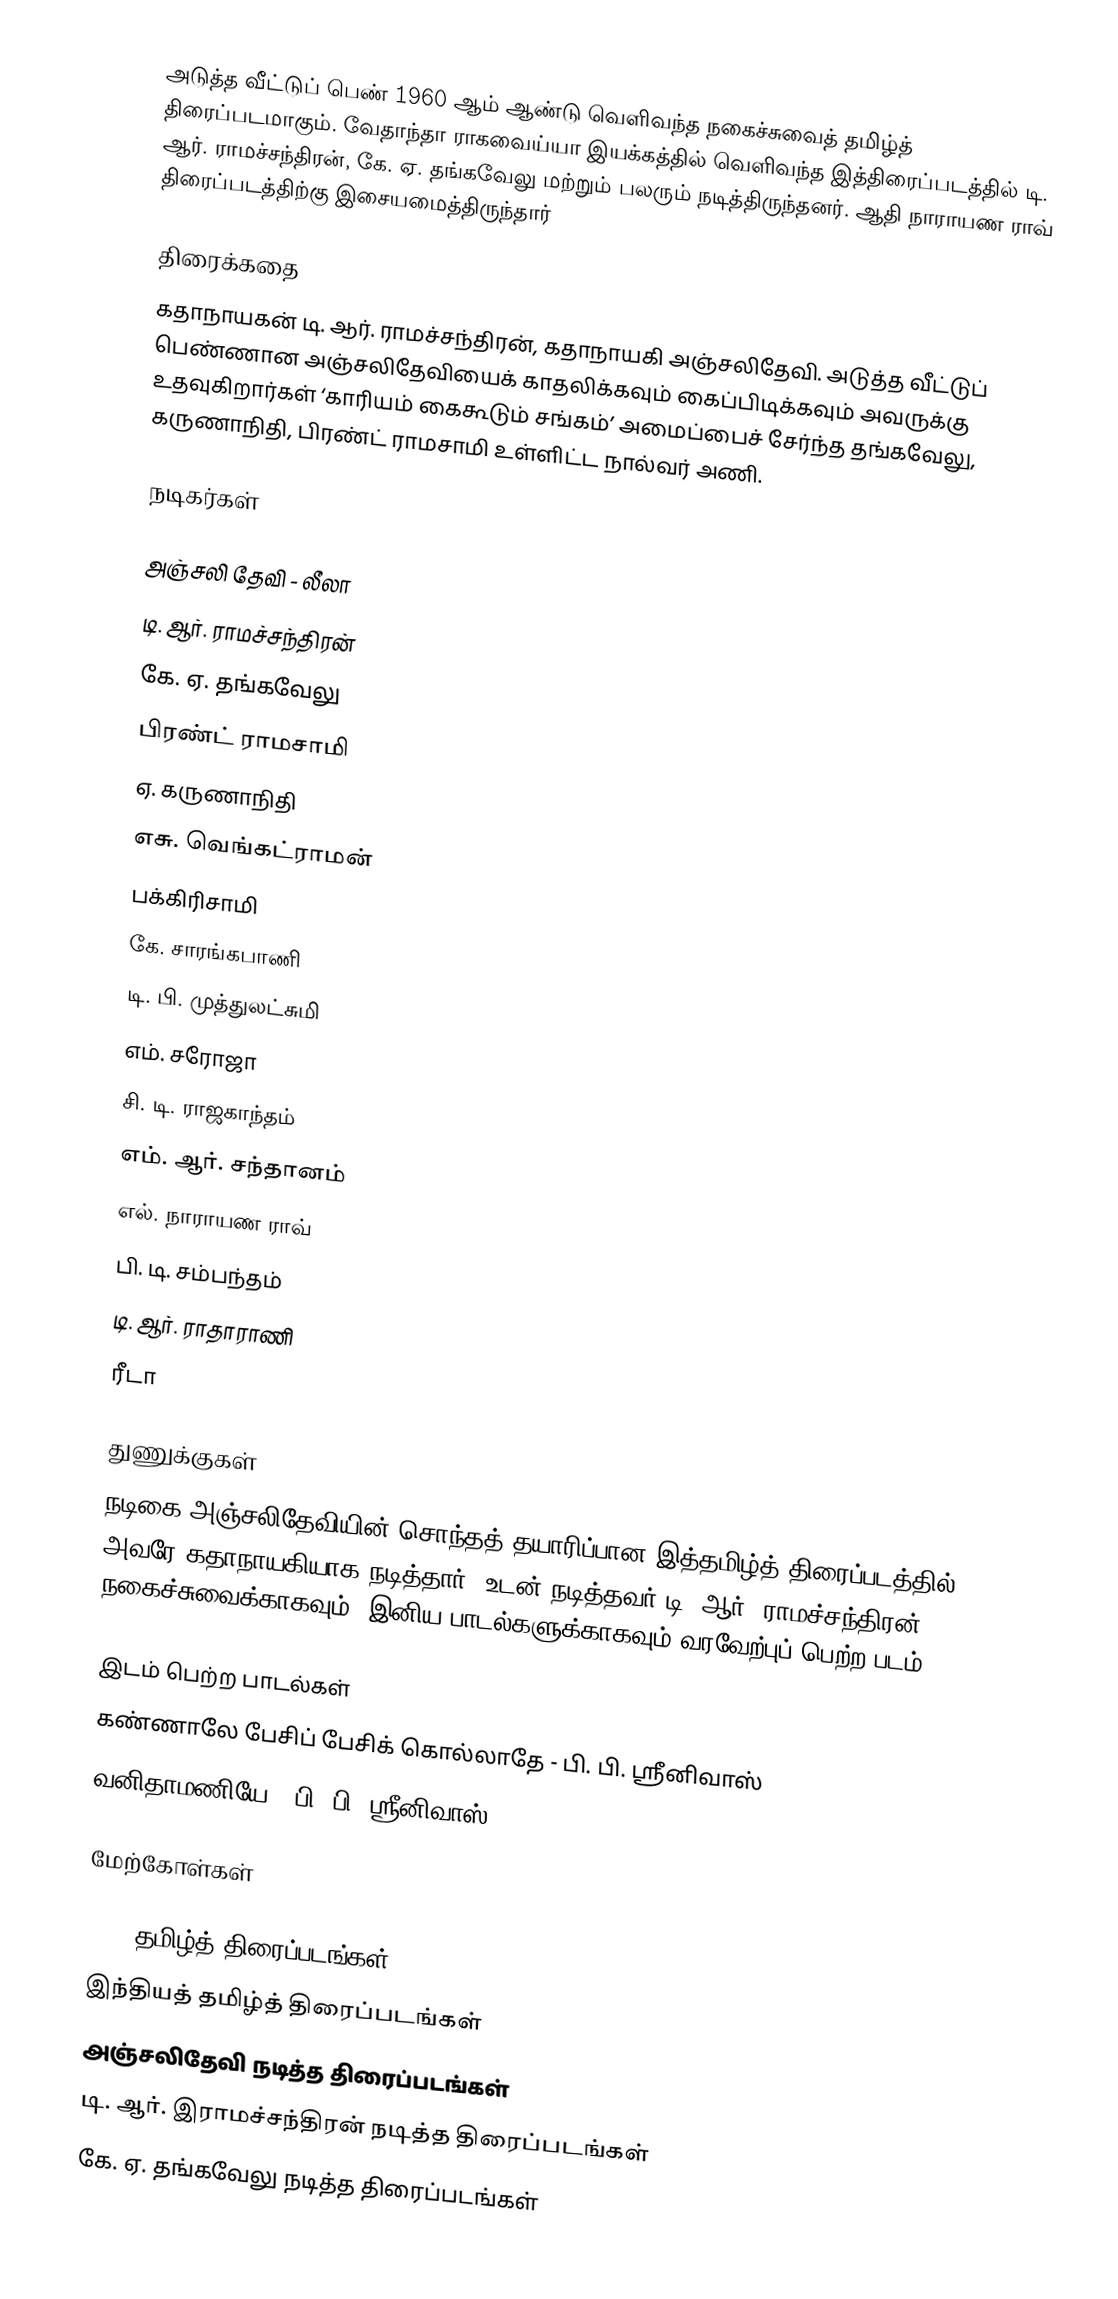
அடுத்த வீட்டுப் பெண் 1960 ஆம் ஆண்டு வெளிவந்த நகைச்சுவைத் தமிழ்த் திரைப்படமாகும். வேதாந்தா ராகவைய்யா இயக்கத்தில் வெளிவந்த இத்திரைப்படத்தில் டி. ஆர். ராமச்சந்திரன், கே. ஏ. தங்கவேலு மற்றும் பலரும் நடித்திருந்தனர். ஆதி நாராயண ராவ் திரைப்படத்திற்கு இசையமைத்திருந்தார்

திரைக்கதை
கதாநாயகன் டி. ஆர். ராமச்சந்திரன், கதாநாயகி அஞ்சலிதேவி. அடுத்த வீட்டுப் பெண்ணான அஞ்சலிதேவியைக் காதலிக்கவும் கைப்பிடிக்கவும் அவருக்கு உதவுகிறார்கள் ‘காரியம் கைகூடும் சங்கம்’ அமைப்பைச் சேர்ந்த தங்கவேலு, கருணாநிதி, பிரண்ட் ராமசாமி உள்ளிட்ட நால்வர் அணி.

நடிகர்கள்

 அஞ்சலி தேவி - லீலா
 டி. ஆர். ராமச்சந்திரன்
 கே. ஏ. தங்கவேலு
 பிரண்ட் ராமசாமி
 ஏ. கருணாநிதி
 எசு. வெங்கட்ராமன்
 பக்கிரிசாமி
 கே. சாரங்கபாணி
 டி. பி. முத்துலட்சுமி
 எம். சரோஜா
 சி. டி. ராஜகாந்தம்
 எம். ஆர். சந்தானம்
 எல். நாராயண ராவ்
 பி. டி. சம்பந்தம்
 டி. ஆர். ராதாராணி
 ரீடா

துணுக்குகள்
நடிகை அஞ்சலிதேவியின் சொந்தத் தயாரிப்பான இத்தமிழ்த் திரைப்படத்தில் அவரே கதாநாயகியாக நடித்தார். உடன் நடித்தவர் டி. ஆர். ராமச்சந்திரன். நகைச்சுவைக்காகவும், இனிய பாடல்களுக்காகவும் வரவேற்புப் பெற்ற படம்.

இடம் பெற்ற பாடல்கள்
 கண்ணாலே பேசிப் பேசிக் கொல்லாதே - பி. பி. ஸ்ரீனிவாஸ்
 வனிதாமணியே - பி. பி. ஸ்ரீனிவாஸ்

மேற்கோள்கள்

1960 தமிழ்த் திரைப்படங்கள்
இந்தியத் தமிழ்த் திரைப்படங்கள்
அஞ்சலிதேவி நடித்த திரைப்படங்கள்
டி. ஆர். இராமச்சந்திரன் நடித்த திரைப்படங்கள்
கே. ஏ. தங்கவேலு நடித்த திரைப்படங்கள்